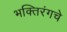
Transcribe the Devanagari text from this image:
भक्तिरंगचे